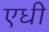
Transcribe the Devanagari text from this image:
एधी